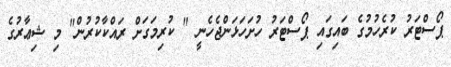
ޕޯސްޓަރު ކުރެހުމުގެ ބައިގައި ޕޯސްޓަރު ހުށަހަޅަންޖެހެނީ " ކުރިމަގަށް ރައްކާކުރުން" މި ޝިޢާރުގެ